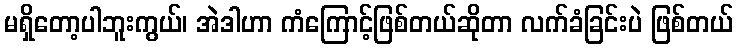
မရှိတော့ပါဘူးကွယ်၊ အဲဒါဟာ ကံကြောင့်ဖြစ်တယ်ဆိုတာ လက်ခံခြင်းပဲ ဖြစ်တယ်